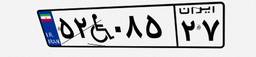
۵۲W۰۸۵۲۷